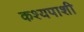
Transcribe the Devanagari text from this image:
कश्यपाशी